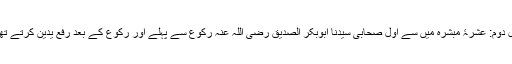
دلیل دوم: عشرۂ مبشرہ میں سے اول صحابی سیدنا ابوبکر الصدیق رضی اللہ عنہ رکوع سے پہلے اور رکوع کے بعد رفع یدین کرتے تھے۔